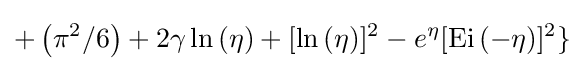
+\left(\pi ^{2}/6\right)+2\gamma \ln \left(\eta \right)+[\ln \left(\eta \right)]^{2}-e^{\eta }[{\text{Ei}}\left(-\eta \right)]^{2}\}